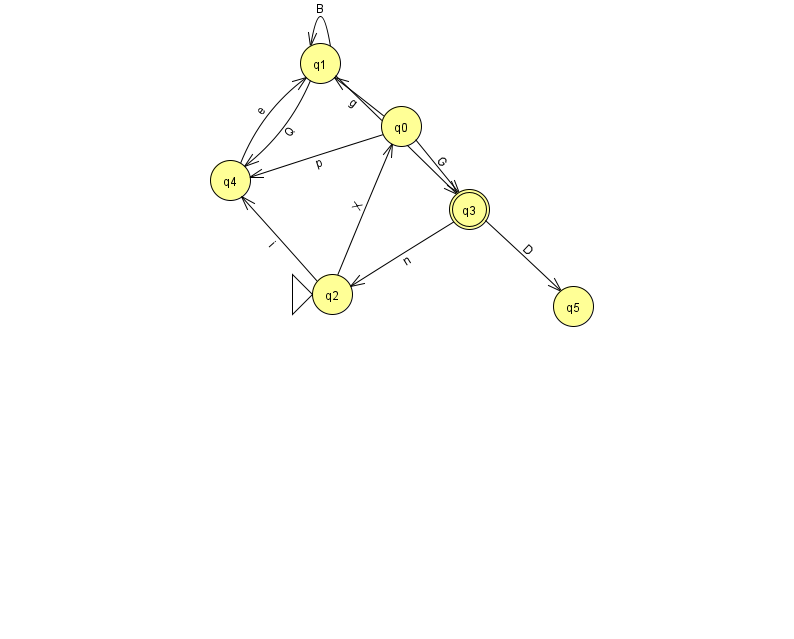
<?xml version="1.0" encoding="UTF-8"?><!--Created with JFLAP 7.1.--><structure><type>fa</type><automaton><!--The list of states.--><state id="0" name="q0"><x>401.0</x><y>113.0</y></state><state id="1" name="q1"><x>320.0</x><y>50.0</y></state><state id="2" name="q2"><x>332.0</x><y>281.0</y><initial/></state><state id="3" name="q3"><x>469.0</x><y>196.0</y><final/></state><state id="4" name="q4"><x>230.0</x><y>167.0</y></state><state id="5" name="q5"><x>573.0</x><y>293.0</y></state><!--The list of transitions.--><transition><from>4</from><to>1</to><read>e</read></transition><transition><from>1</from><to>1</to><read>B</read></transition><transition><from>2</from><to>0</to><read>X</read></transition><transition><from>1</from><to>4</to><read>Q</read></transition><transition><from>3</from><to>2</to><read>n</read></transition><transition><from>0</from><to>4</to><read>p</read></transition><transition><from>1</from><to>3</to><read>m</read></transition><transition><from>0</from><to>1</to><read>g</read></transition><transition><from>0</from><to>3</to><read>G</read></transition><transition><from>3</from><to>5</to><read>D</read></transition><transition><from>2</from><to>4</to><read>i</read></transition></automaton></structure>